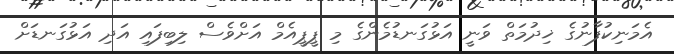
އެމަނިކުފާނުގެ ޚިދުމަތް ވަނީ އަޅުގަނޑުމެންގެ މި ޕީޕީއެމް އަށްވެސް ލިބިފައި އަދި އަޅުގަނޑަށް